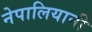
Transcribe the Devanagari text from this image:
नेपालियानी